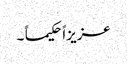
عزیزاً حکیما ً ۔